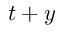
t + y